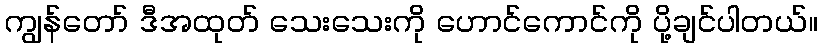
ကျွန်တော် ဒီအထုတ် သေးသေးကို ဟောင်ကောင်ကို ပို့ချင်ပါတယ်။